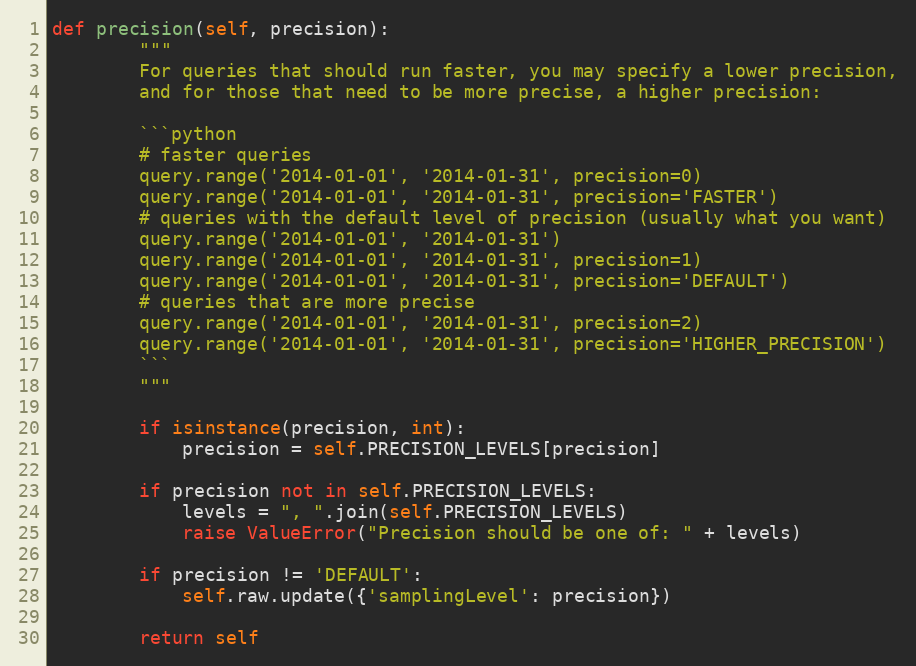
Language: Python
def precision(self, precision):
        """
        For queries that should run faster, you may specify a lower precision,
        and for those that need to be more precise, a higher precision:

        ```python
        # faster queries
        query.range('2014-01-01', '2014-01-31', precision=0)
        query.range('2014-01-01', '2014-01-31', precision='FASTER')
        # queries with the default level of precision (usually what you want)
        query.range('2014-01-01', '2014-01-31')
        query.range('2014-01-01', '2014-01-31', precision=1)
        query.range('2014-01-01', '2014-01-31', precision='DEFAULT')
        # queries that are more precise
        query.range('2014-01-01', '2014-01-31', precision=2)
        query.range('2014-01-01', '2014-01-31', precision='HIGHER_PRECISION')
        ```
        """

        if isinstance(precision, int):
            precision = self.PRECISION_LEVELS[precision]

        if precision not in self.PRECISION_LEVELS:
            levels = ", ".join(self.PRECISION_LEVELS)
            raise ValueError("Precision should be one of: " + levels)

        if precision != 'DEFAULT':
            self.raw.update({'samplingLevel': precision})

        return self